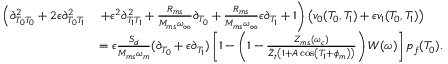
\begin{array} { r l } { \left( \partial _ { T _ { 0 } T _ { 0 } } ^ { 2 } + 2 \epsilon \partial _ { T _ { 0 } T _ { 1 } } ^ { 2 } \right. } & { \left. + \epsilon ^ { 2 } \partial _ { T _ { 1 } T _ { 1 } } ^ { 2 } + \frac { R _ { m s } } { M _ { m s } \omega _ { \infty } } \partial _ { T _ { 0 } } + \frac { R _ { m s } } { M _ { m s } \omega _ { \infty } } \epsilon \partial _ { T _ { 1 } } + 1 \right) \left( v _ { 0 } ( T _ { 0 } , T _ { 1 } ) + \epsilon v _ { 1 } ( T _ { 0 } , T _ { 1 } ) \right) } \\ & { = \epsilon \frac { S _ { d } } { M _ { m s } \omega _ { m } } ( \partial _ { T _ { 0 } } + \epsilon \partial _ { T _ { 1 } } ) \left[ 1 - \left( 1 - \frac { Z _ { m s } ( \omega _ { c } ) } { \Tilde { Z } _ { t } \left( 1 + A \cos \left( T _ { 1 } + \phi _ { m } \right) \right) } \right) W ( \omega ) \right] p _ { f } ( T _ { 0 } ) . } \end{array}